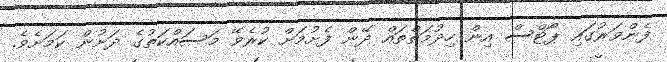
ފެންވަރުގައި ޕޯޓްސް އިން ހިދުމަތްތައް ދޭން ފެށުމަށް ކުރެވޭ މަސައްކަތުގެ ދަށުން ކަމަށެވެ.